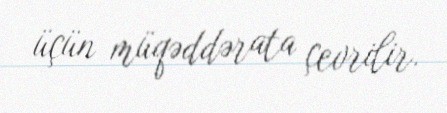
üçün müqəddərata çevrilir.